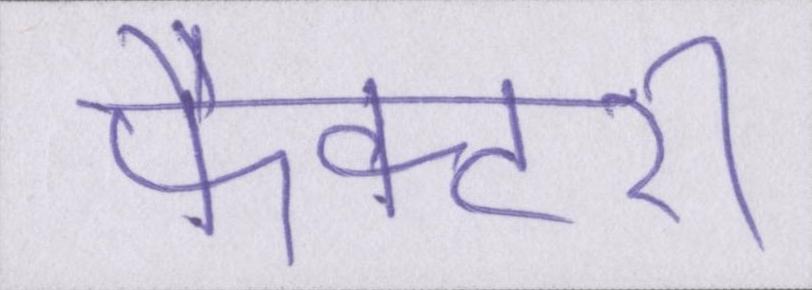
फैक्टरी